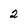
Character: 2